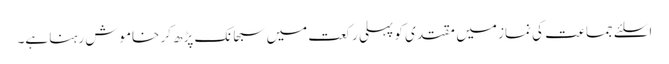
اسلئے جماعت کی نماز میں مقتدی کو پہلی رکعت میں سبحانک پڑھ کر خاموش رہنا ہے۔